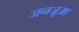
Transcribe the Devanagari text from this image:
जनजूआ